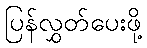
ပြန်လွှတ်ပေးဖို့